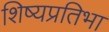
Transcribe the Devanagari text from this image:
शिष्यप्रतिभा